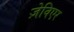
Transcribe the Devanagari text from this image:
ज़ेविएर